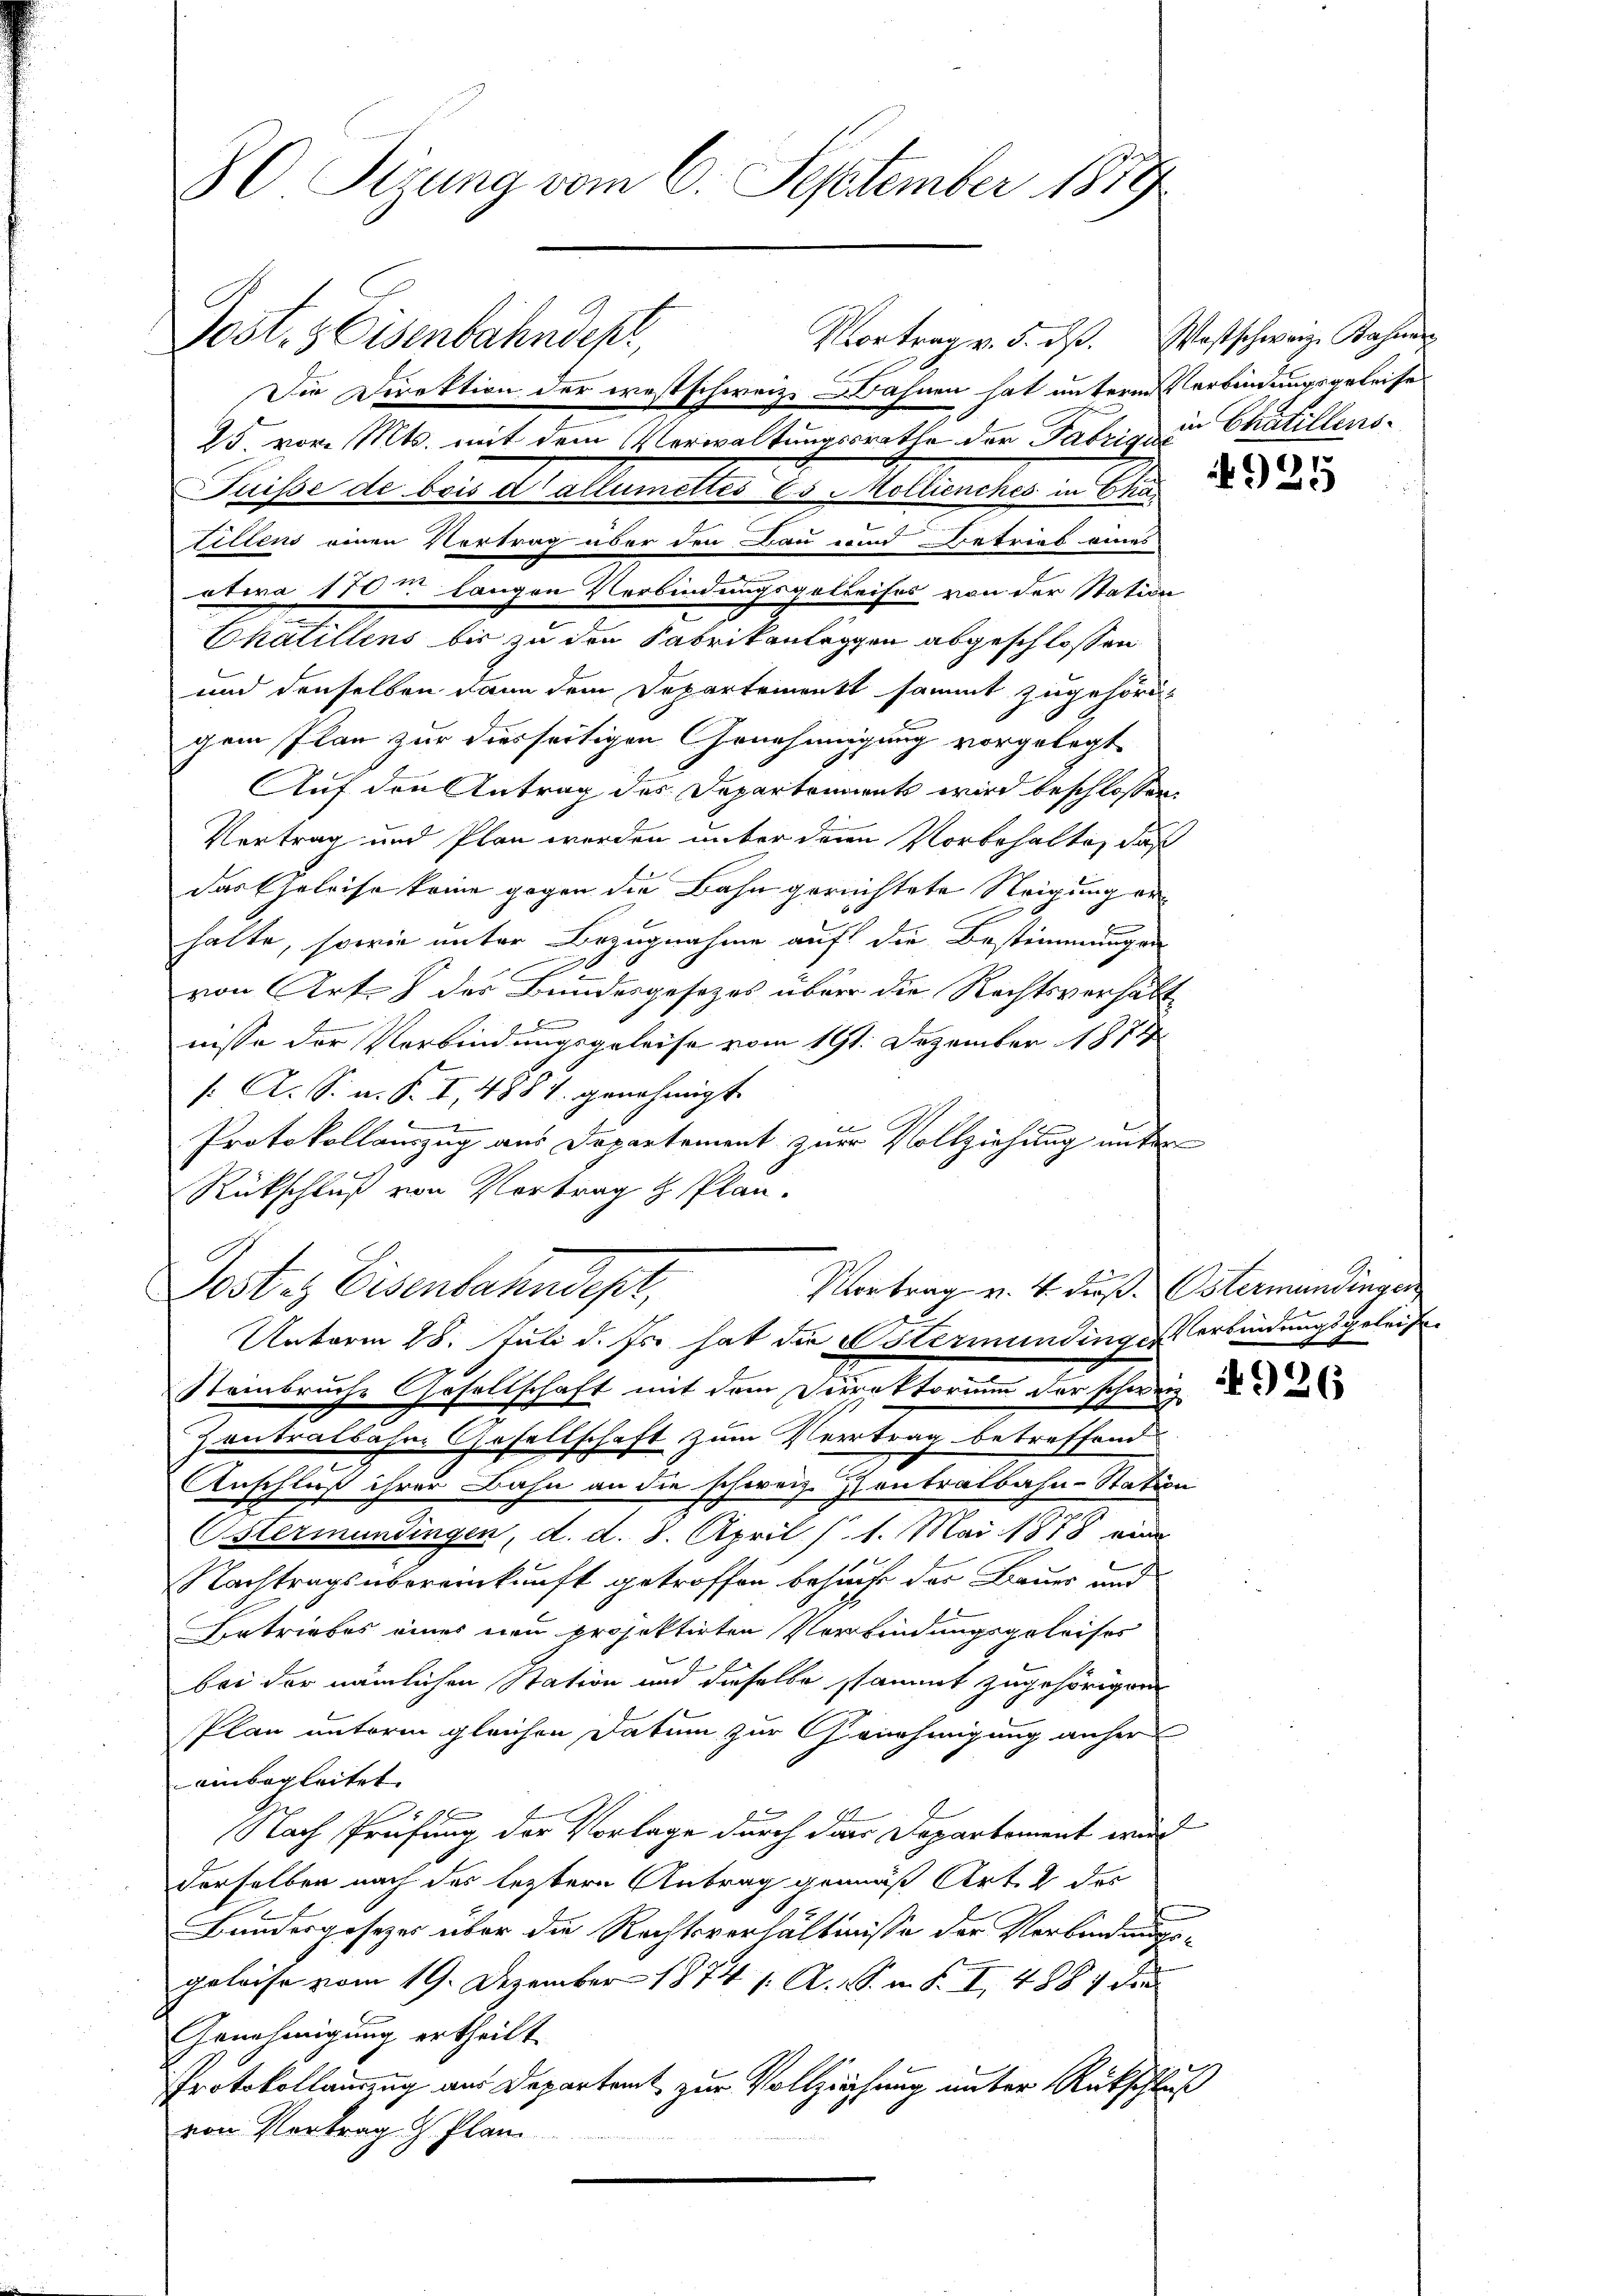
80 Sizung vom 6. September 1879

Die Direktion der westschweiz. Dähnen hat untere Verbindungsgeleises
25. vor. Mts. mit dem Verwaltungsrathe der Fabrig in Chatillens¬
Puisse de bois d’allumettes es Mollienches in Cha
Tiltens einen Vertrag über den Bau und Betrieb eines
otwra 170. langen Verbindungsgetreifes von der Station
Chatillens bis zu den Fabrikanleggen abgeschlossen.
und denselben dann dem Departement sammt zugehörigem Plan zur diesseitigen Genehmigung vorgelegt.
Auf den Antrag des Departenannt wird beschlossen,
Vertrag und Plan werden unter denen Vorbehalte, daß
das Geleise keine gegen die Bahn gerichtete Neigung erhalte, sowie unter Bezugnahme auf die Bestimmungen
von Art. 8 des Bundesgesezes über die Rechtsverhält

nisse der Verbindungsgeleise vom 191. Dezember 1874
/: A. S. z. B. I, 488 V. genehmigt
Protokollauszug aus Departement zur Vollziehung unter
B
Rückschluß von Vortrag & Plan.
Vortrag v. 4. dieß. Ostermandingen
Post. Eisenbahndept,
g
Unterm 18. Juli d. Js. hat die Ostermündinges erbindungsgeleise
Steinbruche Gesellschaft mit dem Direktorium der schweiz.
Zentralbahne Gesellschaft zum Vertrag betreffend
Anschluß ihrer Bahn an die schweiz. Contralbahn-Station
Ustermundingen, d. d. 8. April (1. Mai 1878 eine
Nachtragsübereinkunft getroffen, behufe der Bauer und
Betriebes eines neu projektirten Verbindungsgeleises
bei der nämlichen Station und dieselbe stammt zugehörigen
Plan unterm gleichen Datum zur Genehmigung anher
einbegleitet.
Nach Prüfung der Vorlage durch dar Departement wird
derselben nach der lezteren Antrag gemäß Art. 2 des
Bundesgesezes über die Rechtsverhältnisse der Verbindung
geleise vom 19. Dezember 1874 1. A. S. m. S. I, 1884 de
Genehmigung ertheilt
Protokollamung aus Departamt zur Vollziehung unter Rückschluß
von Vertrag d. Plan

Post. Eisenbahndep

Vortrag v. 5. dß. Westschweiz. Rahner

4925

4926